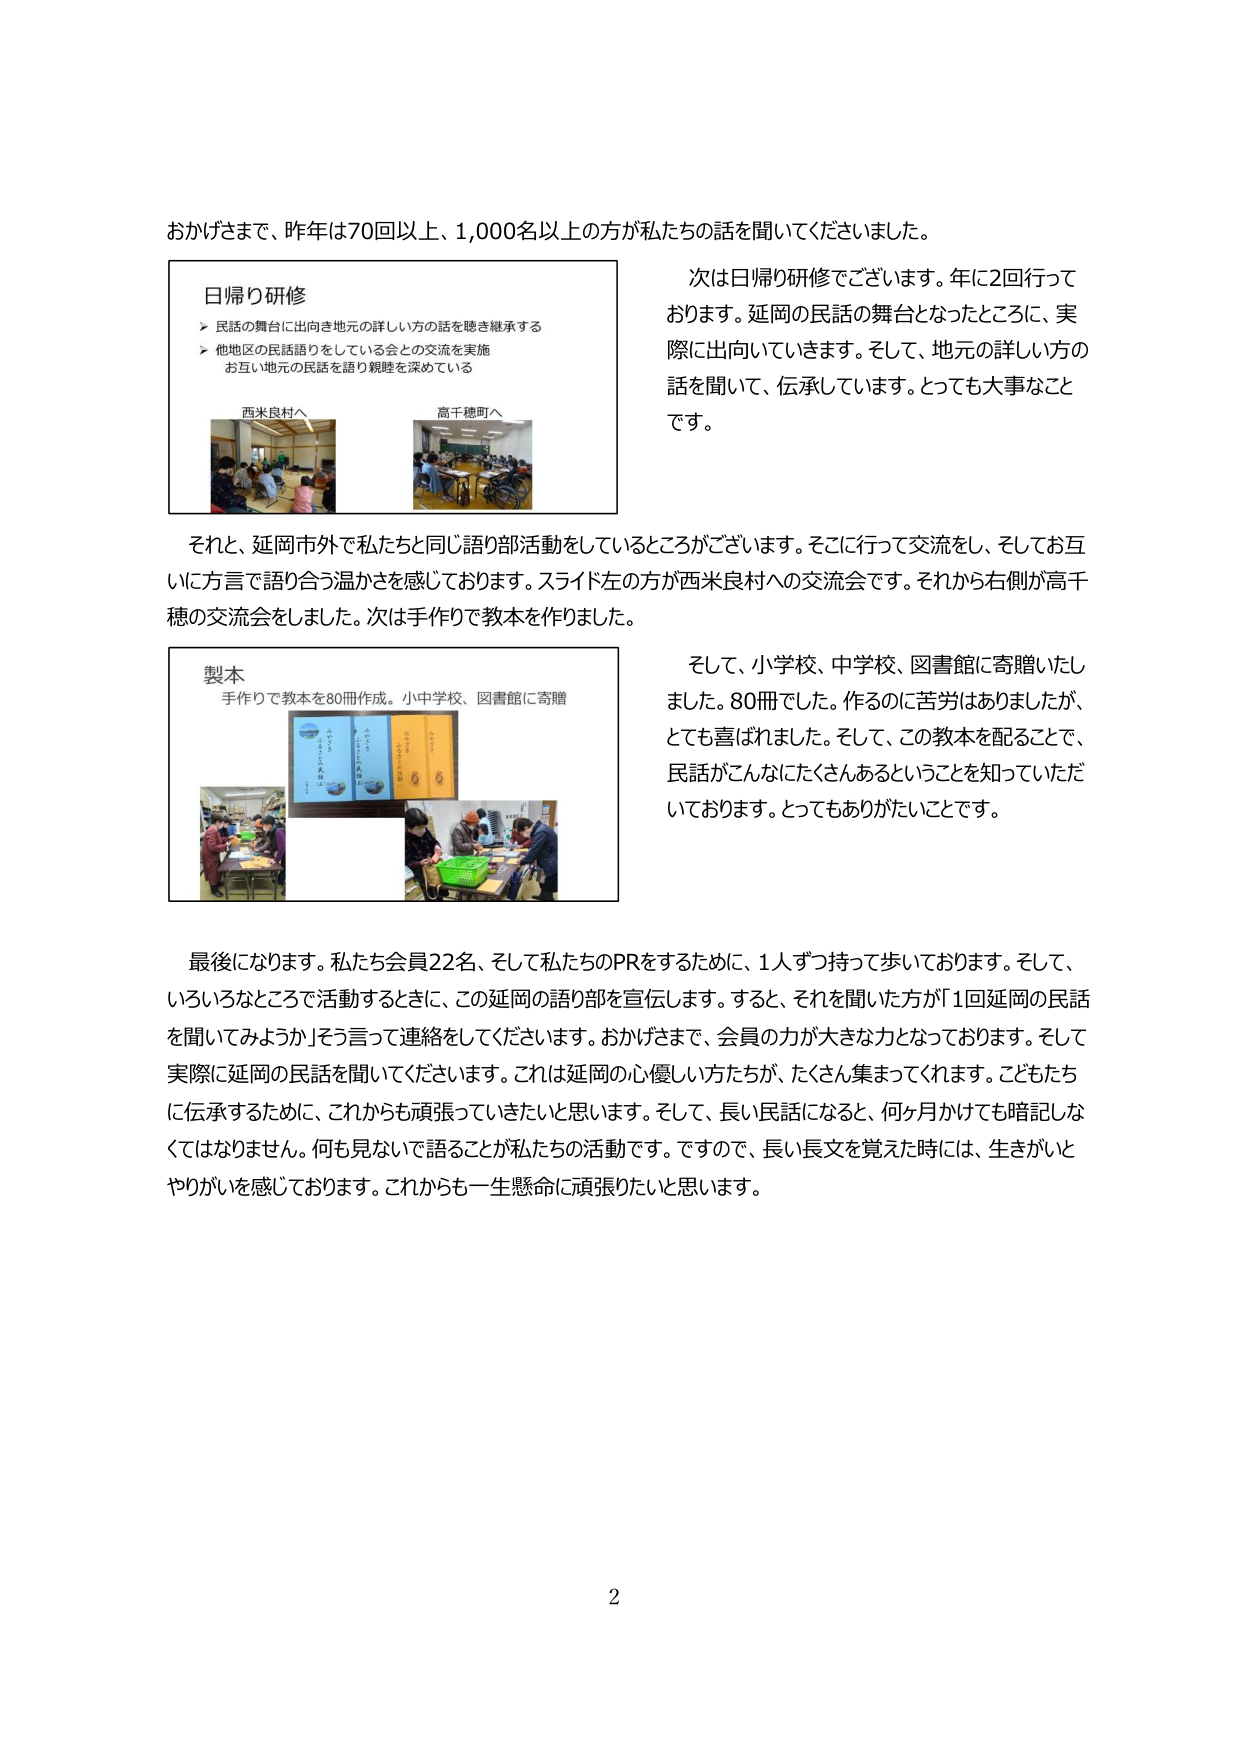
おかげさまで、昨年は70回以上、1,000名以上の方が私たちの話を聞いてくださいました。

日帰り研修
▶ 民話の舞台に出向き地元の詳しい方の話を聴き継承する
▶ 他地区の民話語りをしている会との交流を実施
　お互い地元の民話を語り親睦を深めている

西米良村へ　　　　　　　　　高千穂町へ

次は日帰り研修でございます。年に2回行っております。延岡の民話の舞台となったところに、実際に出向いていきます。そして、地元の詳しい方の話を聞いて、伝承しています。とっても大事なことです。

それと、延岡市外で私たちと同じ語り部活動をしているところがございます。そこに行って交流をし、そしてお互いに方言で語り合う温かさを感じております。スライド左の方が西米良村への交流会です。それから右側が高千穂の交流会をしました。次は手作りで教本を作りました。

製本
手作りで教本を80冊作成。小中学校、図書館に寄贈

そして、小学校、中学校、図書館に寄贈いたしました。80冊でした。作るのに苦労はありましたが、とても喜ばれました。そして、この教本を配ることで、民話がこんなにたくさんあるということを知っていただいております。とってもありがたいことです。

最後になります。私たち会員22名、そして私たちのPRをするために、1人ずつ持って歩いております。そして、いろいろなところで活動するときに、この延岡の語り部を宣伝します。すると、それを聞いた方が「1回延岡の民話を聞いてみようか」と言うって連絡をしてくださいます。おかげさまで、会員の力が大きな力となっております。そして実際に延岡の民話を聞いてくださいます。これは延岡の心優しい方たちが、たくさん集まってくれます。こどもたちに伝承するために、これからも頑張っていきたいと思います。そして、長い民話になると、何ヶ月かけても暗記しなくてはなりません。何も見ないで語ることが私たちの活動です。ですので、長い長文を覚えた時には、生きがいとやりがいを感じております。これからも一生懸命に頑張りたいと思います。

2